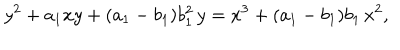
y ^ { 2 } + a _ { 1 } x y + ( a _ { 1 } - b _ { 1 } ) b _ { 1 } ^ { 2 } \, y = x ^ { 3 } + ( a _ { 1 } - b _ { 1 } ) b _ { 1 } \, x ^ { 2 } ,